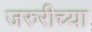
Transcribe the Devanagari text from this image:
जरुरीच्या